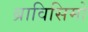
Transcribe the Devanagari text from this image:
ब्राविसिमो